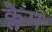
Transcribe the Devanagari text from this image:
क्लैम